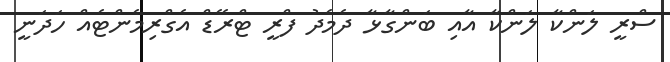
ސްރީ ލަންކާ ލަންކާ އާއި ބަންގާޅާ ދެމެދު ފްރީ ޓްރޭޑް އެގްރިމެންޓެއް ހަދަނީ